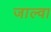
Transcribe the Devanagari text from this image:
जाल्वा